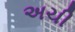
અચી